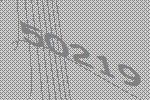
50219